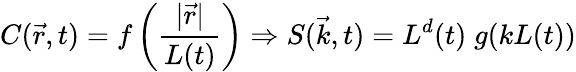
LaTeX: C(\vec{r},t)=f\left(\frac{|\vec{r}|}{L(t)}\right)\Rightarrow S(\vec{k},t)=L^{d}(t)\; g(kL(t))